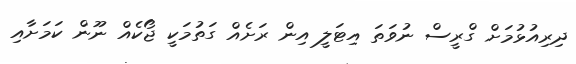
ދިރިއުޅުމަށް ގްރީސް ނުވަތަ އިޓަލީ އިން ރަށެއް ގަތުމަކީ ޖޯކެއް ނޫން ކަމަށާއި